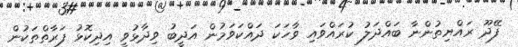
ފޭދޫ ރައްޔިތުންނާ ބައްދަލު ކުރައްވައި ވާހަކަ ދައްކަވަމުން އަދީބު ވިދާޅުވީ އިދިކޮޅު ފަރާތްތަކުން